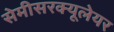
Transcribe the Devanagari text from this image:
सेमीसरक्यूलेयर